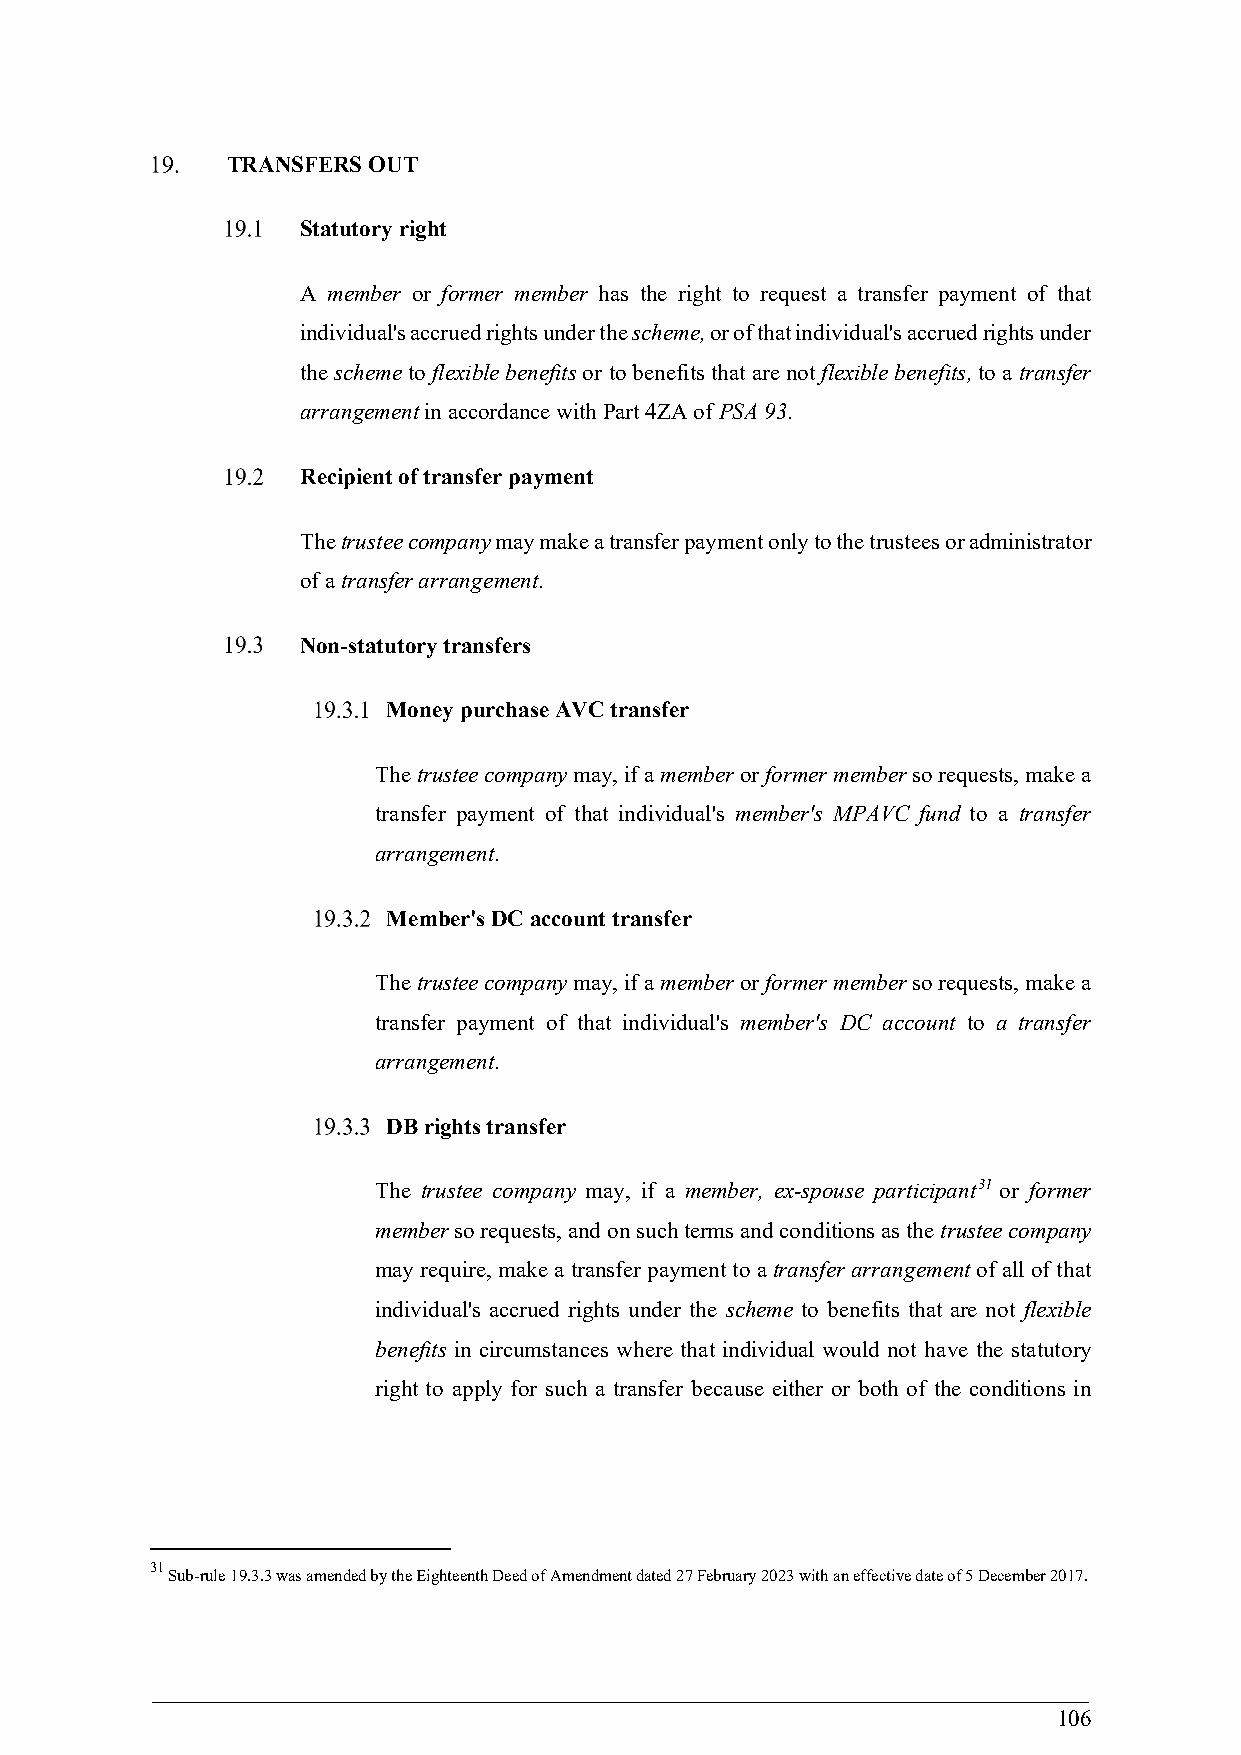
TRANSFERS OUT
 Statutory right
 A member or former member has the right to request a transfer payment of that
 individual's accrued rights under the scheme, or of that individual's accrued rights under
 the scheme to flexible benefits or to benefits that are not flexible benefits, to a transfer
 arrangement in accordance with Part 4ZA of PSA 93.
 Recipient of transfer payment
 The trustee company may make a transfer payment only to the trustees or administrator
 of a transfer arrangement.
 Non-statutory transfers
 Money purchase AVC transfer
 The trustee company may, if a member or former member so requests, make a
 transfer payment of that individual's member's MPAVC fund to a transfer
 arrangement.
 Member's DC account transfer
 The trustee company may, if a member or former member so requests, make a
 transfer payment of that individual's member's DC account to a transfer
 arrangement.
 DB rights transfer
 The trustee company may, if a member, ex-spouse participant31 or former
 member so requests, and on such terms and conditions as the trustee company
 may require, make a transfer payment to a transfer arrangement of all of that
 individual's accrued rights under the scheme to benefits that are not flexible
 benefits in circumstances where that individual would not have the statutory
 right to apply for such a transfer because either or both of the conditions in
 31
 Sub-rule 19.3.3 was amended by the Eighteenth Deed of Amendment dated 27 February 2023 with an effective date of 5 December 2017.
 106